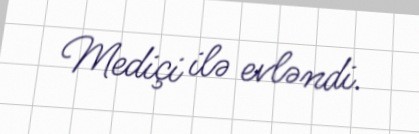
Mediçi ilə evləndi.